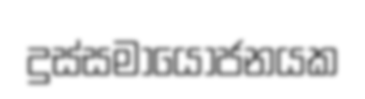
දුස්සමායෝජනයක